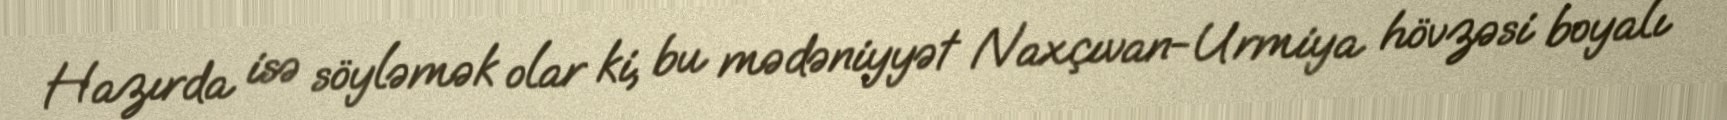
Hazırda isə söyləmək olar ki, bu mədəniyyət Naxçıvan-Urmiya hövzəsi boyalı